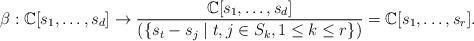
LaTeX: \begin{align*}\beta: \mathbb{C}[s_{1}, \dots, s_{d}] \to \frac{\mathbb{C}[s_{1}, \dots, s_{d}]}{(\{ s_{t} - s_{j} \mid t, j \in S_{k}, 1 \leq k \leq r\})} = \mathbb{C}[s_{1}, \dots, s_{r}].\end{align*}